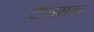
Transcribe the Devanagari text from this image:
टैजमन